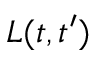
L ( t , t ^ { \prime } )